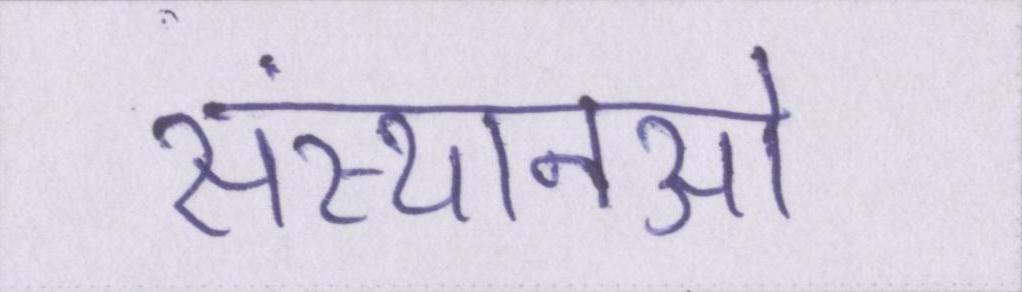
संस्थानओं